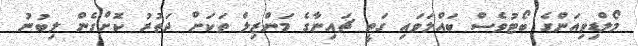
މޯލްޑިވިއަންގެ ބޯޓުވެސް ބައްލަވައި ގަތީ ޗައިނާގެ މަންޒިލް ތަކަށް ދަތުރު ކޮށްގެން ލިބުނު